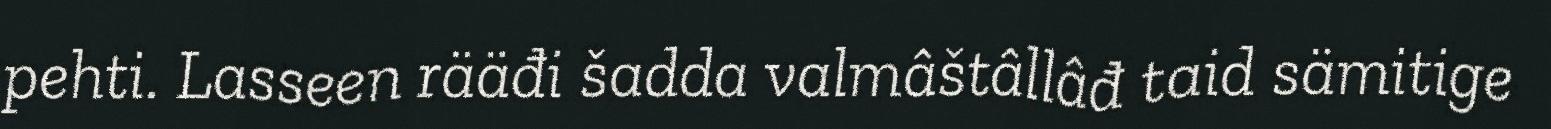
pehti. Lasseen rääđi šadda valmâštâllâđ taid sämitige